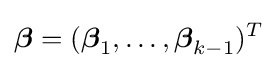
{\boldsymbol {\beta }}=({\boldsymbol {\beta }}_{1},\ldots ,{\boldsymbol {\beta }}_{k-1})^{T}